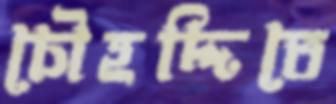
চৌহদ্দিতে